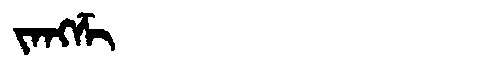
Manchu: ᠵᠠᠩᡯᡳ
Romanization: JANGDZI